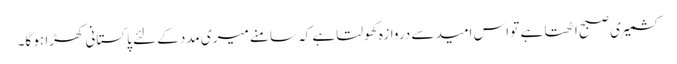
کشمیری صبح اٹھتا ہے تو اس امید سے دروازہ کھولتا ہے کہ سامنے میری مدد کے لئے پاکستانی کھڑا ہو گا۔